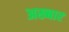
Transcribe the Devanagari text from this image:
अख्बार